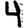
Digit: 4